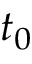
t _ { 0 }